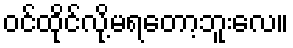
ဝင်ထိုင်လို့မရတော့ဘူးလေ။